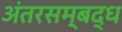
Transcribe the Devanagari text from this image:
अंतरसम्बद्ध